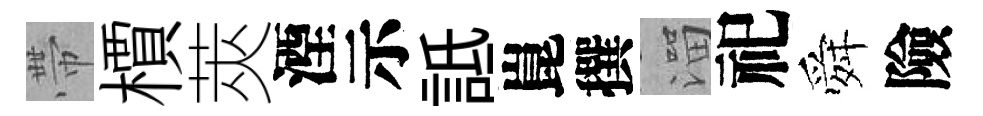
帶檟莢湮示詆崑撰溜祀舜險